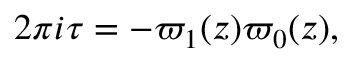
2 \pi i \tau = - { \varpi _ { 1 } ( z ) \/ \varpi _ { 0 } ( z ) } ,